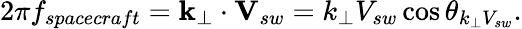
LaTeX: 2\pi f_{spacecraft}=\textbf{k}_{\perp}\cdot\textbf{V}_{sw}=k_{\perp}V_{sw}\cos\theta_{k_{\perp}V_{sw}}.